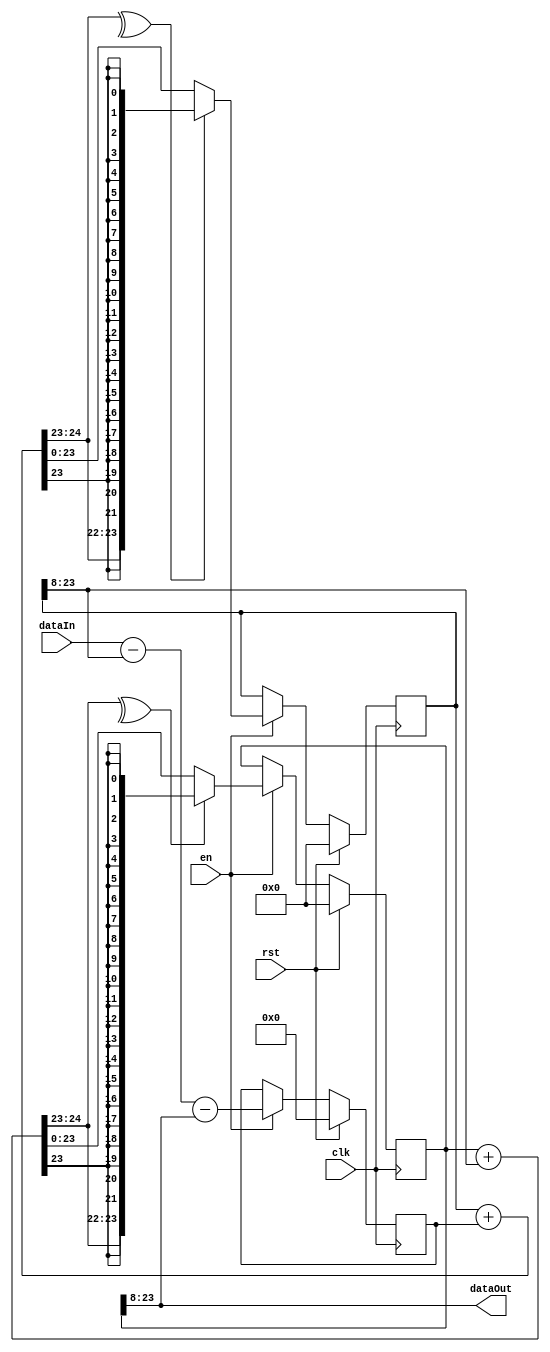
module SmallLpf2nd #(
    parameter K0_SHIFT = 8, 
    parameter K1_SHIFT = 8, 
    parameter WIDTH = 16,   
    parameter CLAMP = 1     
)
(
    input clk,                        
    input rst,                        
    input en,                         
    input  signed [WIDTH-1:0] dataIn, 
    output signed [WIDTH-1:0] dataOut 
);
reg signed [WIDTH+K0_SHIFT-1:0] acc0;
reg signed [WIDTH+K1_SHIFT-1:0] acc1;
reg signed [WIDTH+1:0] forwardIn;
wire signed [WIDTH-1:0] acc0Out;
wire signed [WIDTH+K0_SHIFT:0] acc0In;
wire signed [WIDTH+K1_SHIFT:0] acc1In;
assign acc0In = acc0 + forwardIn;
assign acc1In = acc1 + acc0Out;
always @(posedge clk) begin
    if (rst) begin
        forwardIn <= 'd0;
        acc0      <= 'd0;
        acc1      <= 'd0;
    end
    else if (en) begin
        forwardIn <= dataIn - acc0Out - dataOut;
        if (CLAMP) begin
            acc0 <= (^acc0In[WIDTH+K0_SHIFT-:2])
                  ? {acc0In[WIDTH+K0_SHIFT], {(WIDTH+K0_SHIFT-1){acc0In[WIDTH+K0_SHIFT-1]}}}
                  : acc0In;
            acc1 <= (^acc1In[WIDTH+K1_SHIFT-:2])
                  ? {acc1In[WIDTH+K1_SHIFT], {(WIDTH+K1_SHIFT-1){acc1In[WIDTH+K1_SHIFT-1]}}}
                  : acc1In;
        end
        else begin
            acc0 <= acc0In;
            acc1 <= acc1In;
        end
    end
end
assign acc0Out = acc0 >>> K0_SHIFT;
assign dataOut = acc1 >>> K1_SHIFT;
endmodule